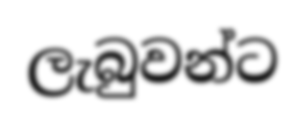
ලැබුවන්ට